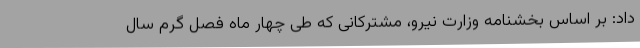
داد: بر اساس بخشنامه وزارت نیرو، مشترکانی که طی چهار ماه فصل گرم سال